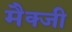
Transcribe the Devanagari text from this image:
मैक्जी